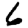
Digit: 6